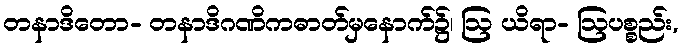
တနာဒိတော- တနာဒိဂဏိကဓာတ်မှနောက်၌၊ ဩ ယိရာ- ဩပစ္စည်း,